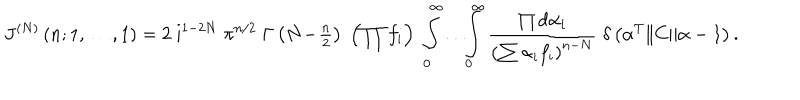
J ^ { ( N ) } \left( n ; 1 , \ldots , 1 \right) = 2 \; \mathrm { i } ^ { 1 - 2 N } \; \pi ^ { n / 2 } \; \Gamma \left( N \! - \! { \textstyle { \frac { n } { 2 } } } \right) \; \left( \prod f _ { i } \right) \; \int _ { 0 } ^ { \infty } \! \ldots \! \int _ { 0 } ^ { \infty } \frac { \prod \mathrm { d } \alpha _ { i } } { \left( \sum \alpha _ { i } f _ { i } \right) ^ { n - N } } \; \delta \left( \alpha ^ { T } \| C \| \alpha - 1 \right) .